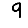
Digit: 9